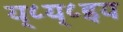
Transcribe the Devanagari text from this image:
य्८य्८इय